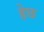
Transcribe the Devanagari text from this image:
हेछ